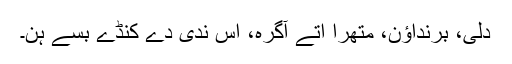
دلی، برنداؤن، متھرا اتے آگرہ، اس ندی دے کنڈے بسے ہن۔